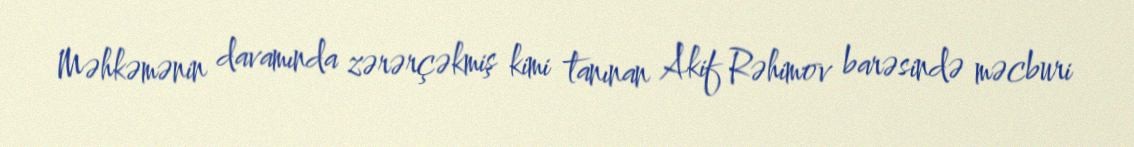
Məhkəmənin davamında zərərçəkmiş kimi tanınan Akif Rəhimov barəsində məcburi